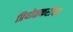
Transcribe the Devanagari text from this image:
प्रियोळकरांना